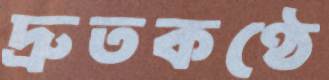
দ্রুতকণ্ঠে